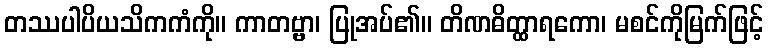
တဿပါပိယသိကကံကို။ ကာတဗ္ဗာ၊ ပြုအပ်၏။ တိဏဓိတ္ထာရကော၊ မစင်ကိုမြက်ဖြင့်